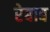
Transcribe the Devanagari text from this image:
रेबाब